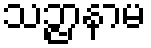
သဉ္ဇာနာမ